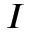
I